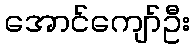
အောင်ကျော်ဦး